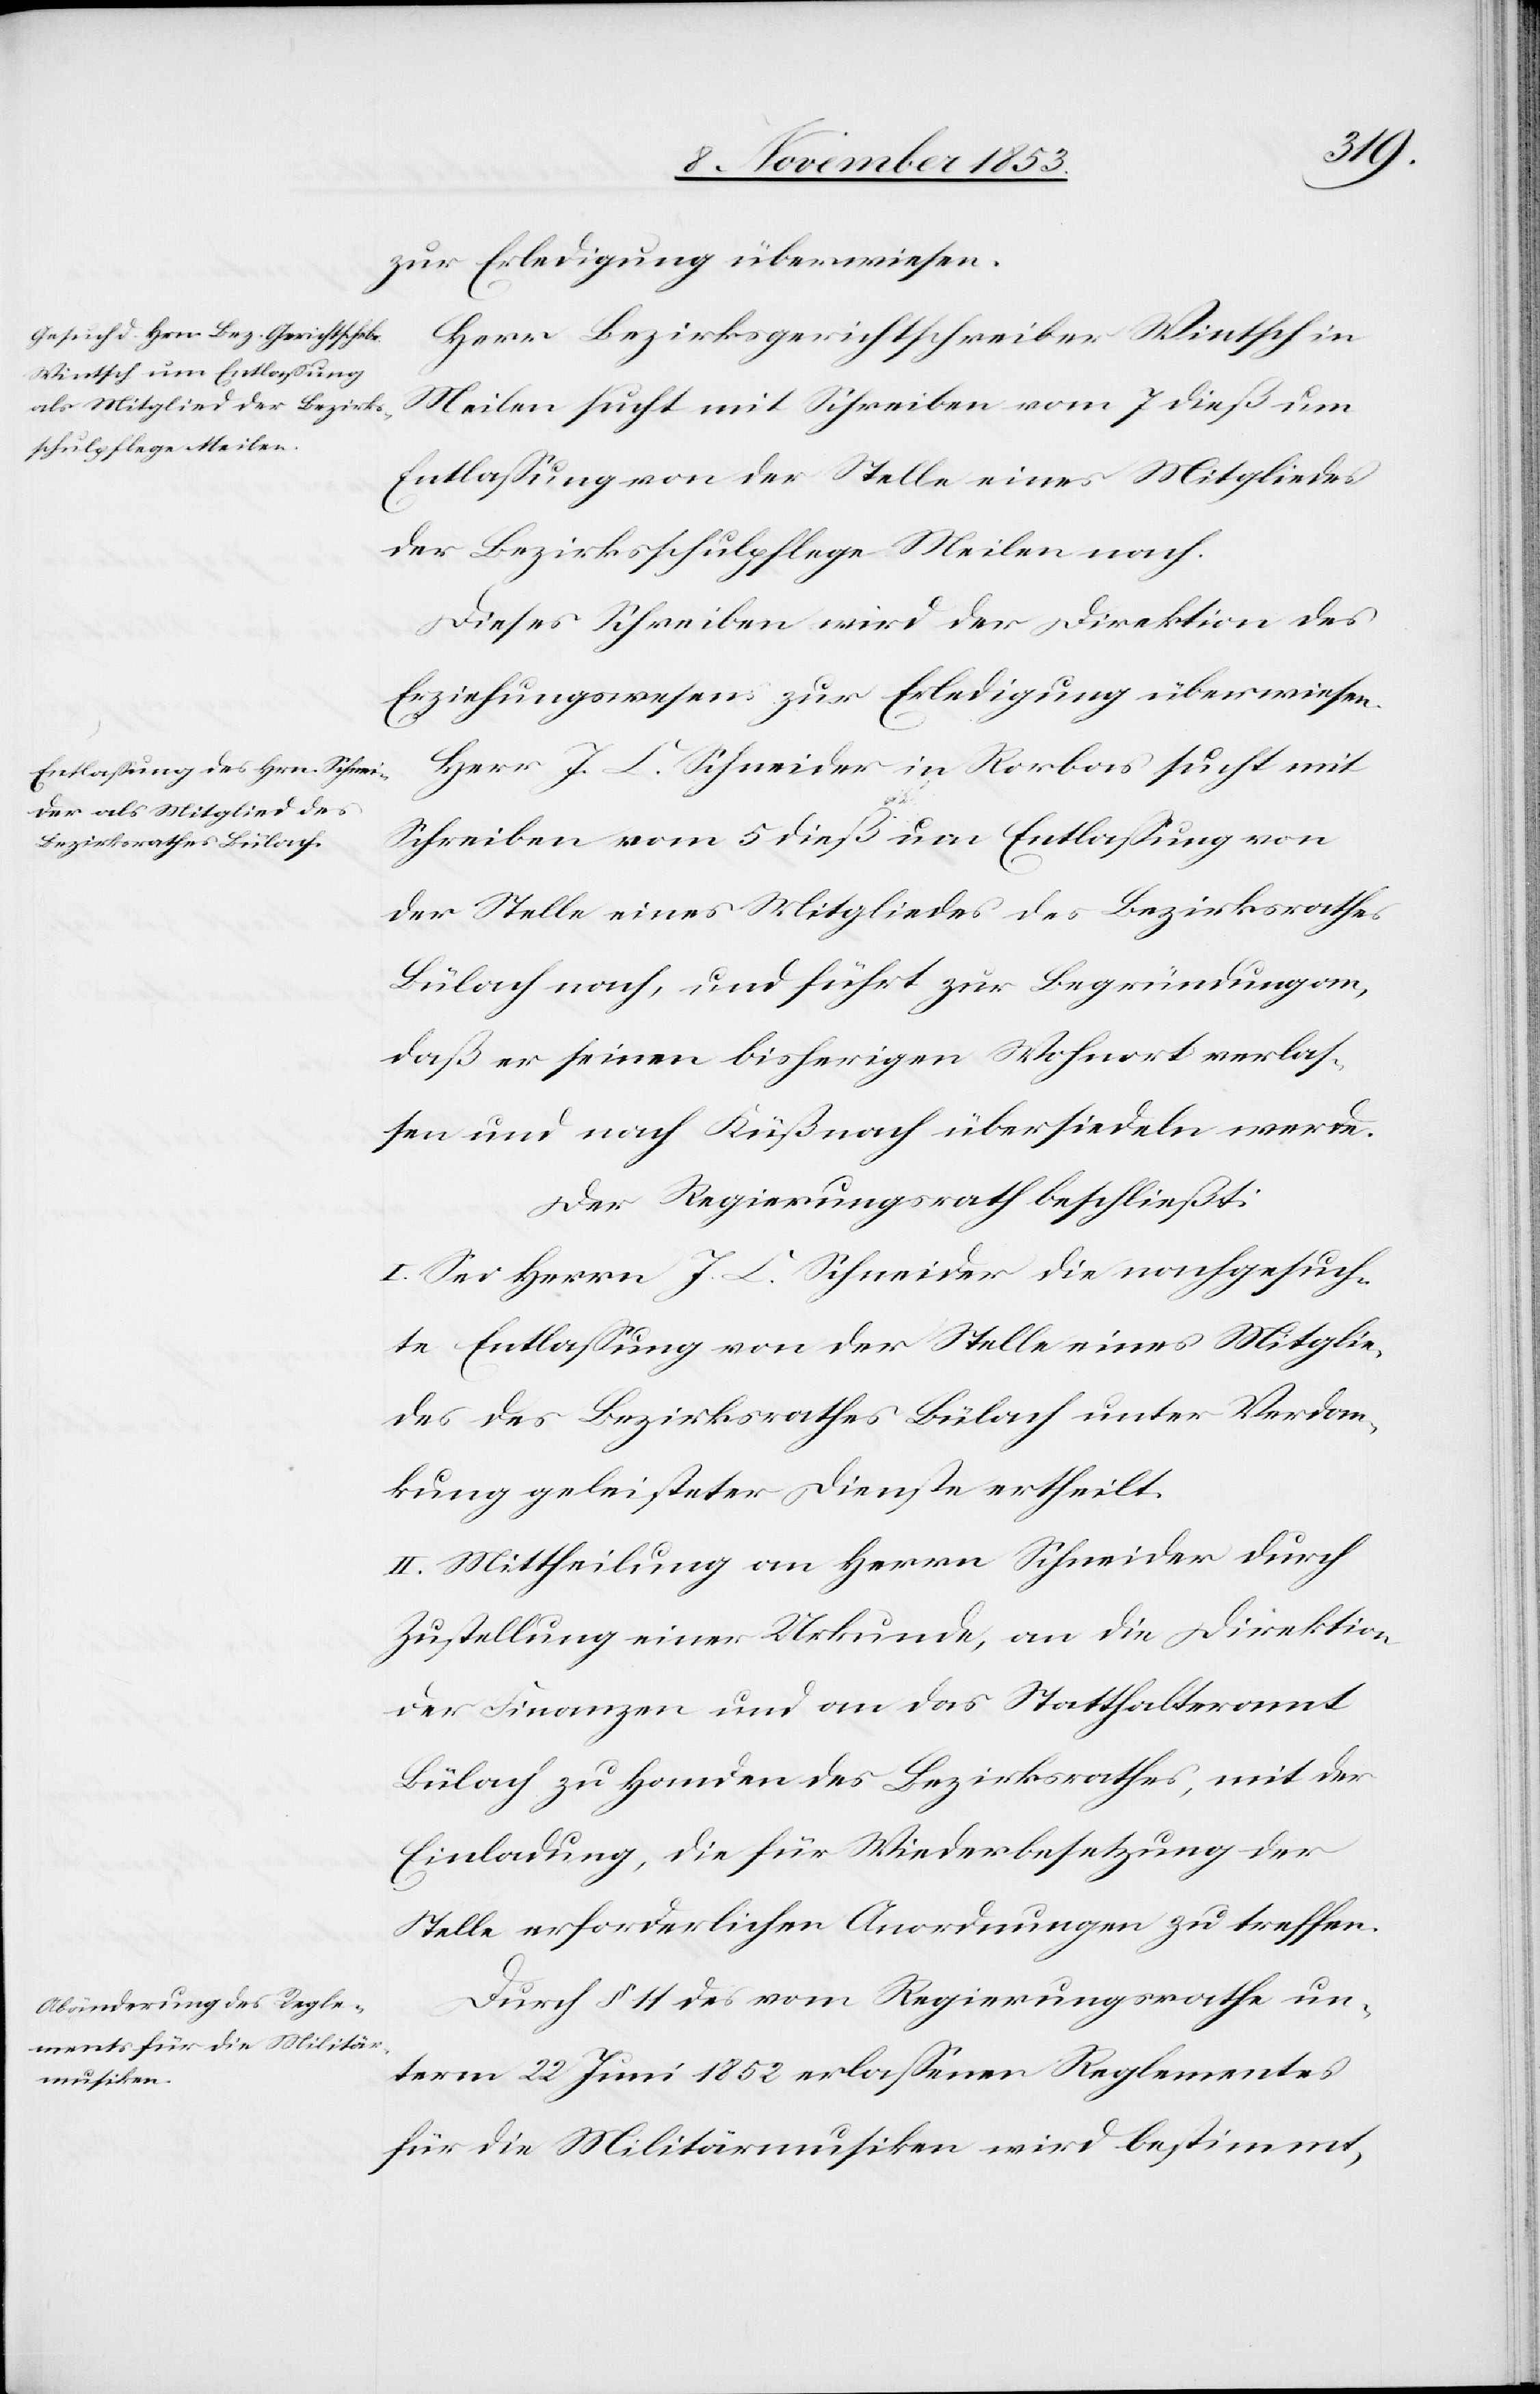
zur Erledigung überwiesen.
Herr Bezirksgerichtsschreiber Wintsch in
Meilen sucht mit Schreiben vom 7 dieß um
Entlaßung von der Stelle eines Mitgliedes
der Bezirksschulpflege Meilen nach.
Dieses Schreiben wird der Direktion des
Erziehungswesens zur Erledigung überwiesen.
Herr J. C. Schneider in Rorbas sucht mit
Schreiben vom 5 dieß um Entlaßung von
der Stelle eines Mitgliedes des Bezirksrathes
Bülach nach, und führt zur Begründung an,
daß er seinen bisherigen Wohnort verlas¬
sen und nach Küßnacht übersiedeln werde.
Der Regierungsrath beschließt:
I. Sei Herrn J. C. Schneider die nachgesuch¬
te Entlaßung von der Stelle eines Mitglie¬
des des Bezirksrathes Bülach unter Verdan¬
kung geleisteter Dienste ertheilt.
II. Mittheilung an Herrn Schneider durch
Zustellung einer Urkunde, an die Direktion
der Finanzen und an das Statthalteramt
Bülach zu Handen des Bezirksrathes, mit der
Einladung, die für Wiederbesetzung der
Stelle erforderlichen Anordnungen zu treffen.
Durch § 11 des vom Regierungsrathe un¬
term 22 Juni 1852 erlaßenen Reglementes
für die Militärmusiken wird bestimmt,